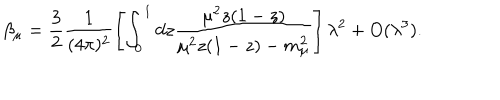
LaTeX: \beta _ { \mu } = \frac { 3 } { 2 } \frac { 1 } { ( 4 \pi ) ^ { 2 } } \left[ \int _ { 0 } ^ { 1 } d z \frac { \mu ^ { 2 } z ( 1 - z ) } { \mu ^ { 2 } z ( 1 - z ) - m _ { \mu } ^ { 2 } } \right] \lambda ^ { 2 } + O ( \lambda ^ { 3 } ) .